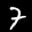
Label: 7